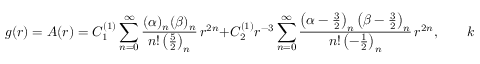
g ( r ) = A ( r ) = C _ { 1 } ^ { ( 1 ) } \sum _ { n = 0 } ^ { \infty } \frac { ( \alpha ) _ { n } ( \beta ) _ { n } } { n ! \left( \frac 5 2 \right) _ { n } } \, r ^ { 2 n } + C _ { 2 } ^ { ( 1 ) } r ^ { - 3 } \sum _ { n = 0 } ^ { \infty } \frac { \left( \alpha - \frac 3 2 \right) _ { n } \left( \beta - \frac 3 2 \right) _ { n } } { n ! \left( - \frac 1 2 \right) _ { n } } \, r ^ { 2 n } , \qquad k = + 1 .